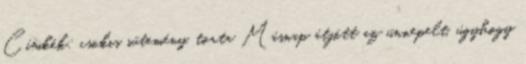
Címkék: csokis sütemény, torta Másnap átjött az ünnepelt, úgyhogy